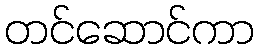
တင်ဆောင်ကာ